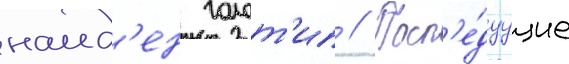
наид'ен голот'ип // Посл'е́дуущие